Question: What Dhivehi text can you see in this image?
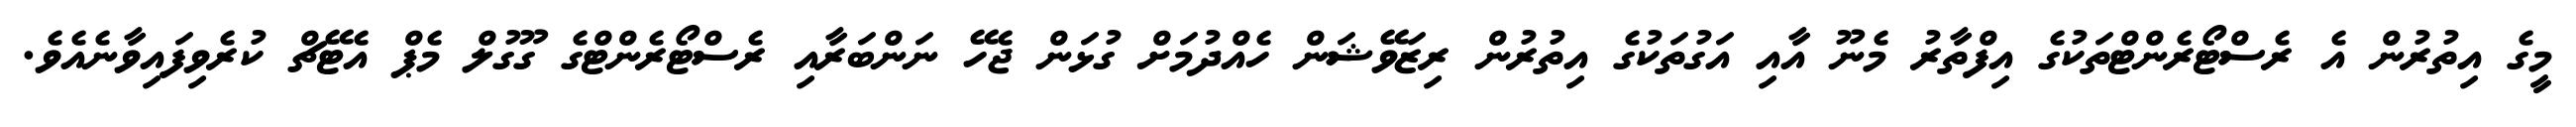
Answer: މީގެ އިތުރުން އެ ރެސްޓޯރެންޓްތަކުގެ އިފްތާރު މެނޫ އާއި އަގުތަކުގެ އިތުރުން ރިޒަވޭޝަން ހެއްދުމަށް ގުޅަން ޖެހޭ ނަންބަރާއި ރެސްޓޯރެންޓްގެ ގޫގުލް މެޕް އެޓޭޗް ކުރެވިފައިވާނެއެވެ.